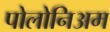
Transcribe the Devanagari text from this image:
पोलोनिअम